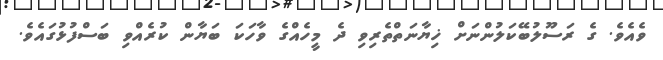
ވެއެވެ. ގެ ރަސޫލުބޭކަލުންނަށް ޚިޔާނަތްތެރިވި ދެ މީހެއްގެ ވާހަކަ ބަޔާން ކުރެއްވި ބަސްފުޅުގައެވެ.